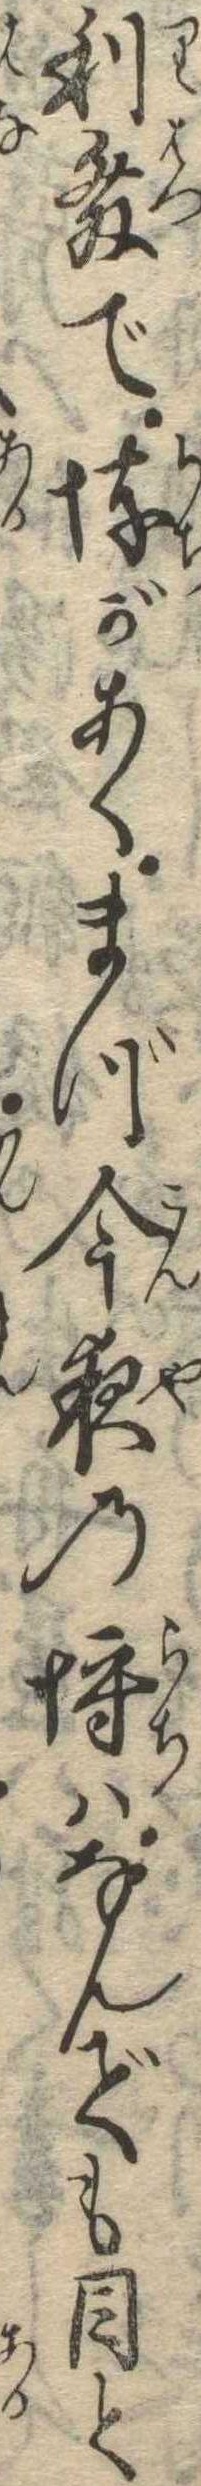
利発で埒があくまづ今夜の埒はなんでも目と